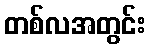
တစ်လအတွင်း